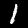
Label: 1